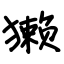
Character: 獭